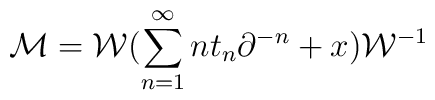
{\cal M} = {\cal W} ( \sum_{n=1}^\infty n t_n \partial^{-n} + x )  {\cal W}^{-1}